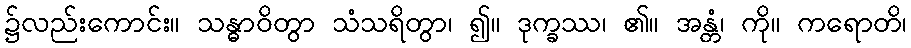
၌လည်းကောင်း။ သန္ဓာဝိတွာ သံသရိတွာ၊ ၍။ ဒုက္ခဿ၊ ၏။ အန္တံ၊ ကို။ ကရောတိ၊